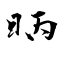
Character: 昞